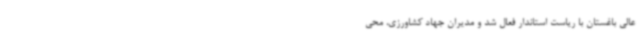
عالی باغستان با ریاست استاندار فعال شد و مدیران جهاد کشاورزی، محی